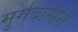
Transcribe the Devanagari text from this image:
मुर्गदासने